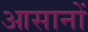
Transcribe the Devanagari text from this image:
आसानों